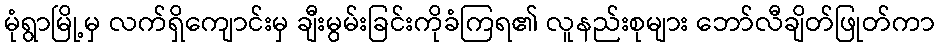
မုံရွာမြို့မှ လက်ရှိကျောင်းမှ ချီးမွမ်းခြင်းကိုခံကြရ၏ လူနည်းစုများ ဘော်လီချိတ်ဖြုတ်ကာ